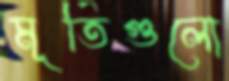
মূর্তিগুলো